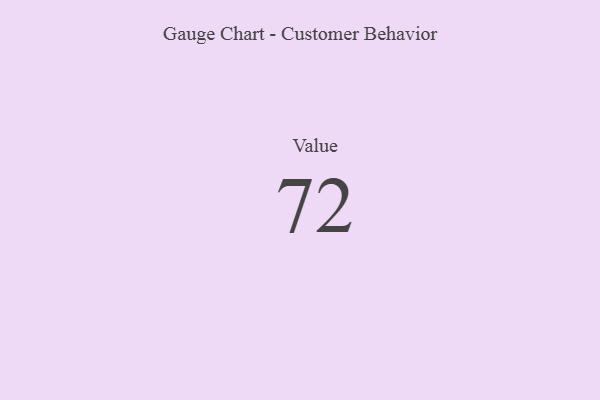
{"axis": {"x": "Metric", "y": "Value"}, "legend": [""], "data": [{"x": "Value", "y": 72, "type": ""}]}